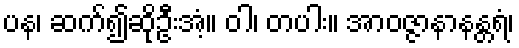
ပန၊ ဆက်၍ဆိုဦးအံ့။ ဝါ၊ တပါး။ အာဝဇ္ဇာနာနန္တရံ၊